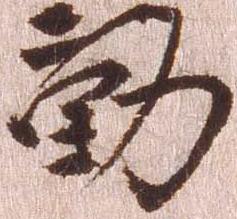
勤